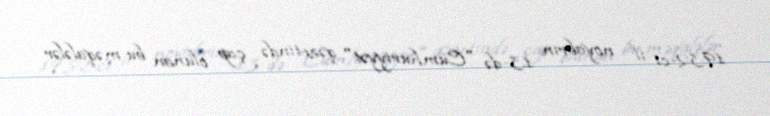
1932-ci il noyabrın 13-də "Cümhuriyyət" qəzetində çap olunan bu məqalələr